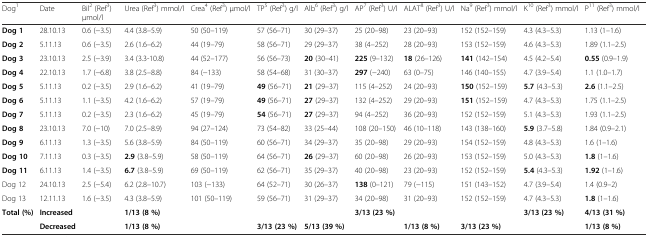
<table><thead><tr><td><b>Dog<sup>1</sup></b></td><td><b>Date</b></td><td><b>Bil<sup>2</sup> (Ref<sup>3</sup>) μmol/l</b></td><td><b>Urea (Ref<sup>3</sup>) mmol/l</b></td><td><b>Crea<sup>4</sup> (Ref<sup>3</sup>) μmol/l</b></td><td><b>TP<sup>5</sup> (Ref<sup>3</sup>) g/l</b></td><td><b>Alb<sup>6</sup> (Ref<sup>3</sup>) g/l</b></td><td><b>AP<sup>7</sup> (Ref<sup>3</sup>) U/l</b></td><td><b>ALAT<sup>8</sup> (Ref<sup>3</sup>) U/l</b></td><td><b>Na<sup>9</sup> (Ref<sup>3</sup>) mmol/l</b></td><td><b>K<sup>10</sup> (Ref<sup>3</sup>) mmol/l</b></td><td><b>P<sup>11</sup> (Ref<sup>3</sup>) mmol/l</b></td></tr></thead><tbody><tr><td><b>Dog 1</b></td><td>28.10.13</td><td>0.6 (−3.5)</td><td>4.4 (3.8–5.9)</td><td>50 (50–119)</td><td>57 (56–71)</td><td>30 (29–37)</td><td>25 (20–98)</td><td>23 (20–93)</td><td>152 (152–159)</td><td>4.3 (4.3–5.3)</td><td>1.13 (1–1.6)</td></tr><tr><td><b>Dog 2</b></td><td>5.11.13</td><td>0.6 (−3.5)</td><td>2.6 (1.6–6.2)</td><td>44 (19–79)</td><td>58 (56–71)</td><td>29 (29–37)</td><td>38 (4–252)</td><td>28 (20–93)</td><td>153 (152–159)</td><td>4.6 (4.3–5.3)</td><td>1.89 (1.1–2.5)</td></tr><tr><td><b>Dog 3</b></td><td>23.10.13</td><td>2.5 (−3.9)</td><td>3.4 (3.3-10.8)</td><td>44 (52–177)</td><td>56 (56–73)</td><td><b>20</b> (30–41)</td><td><b>225</b> (9–132)</td><td><b>18</b> (26–126)</td><td><b>141</b> (142–154)</td><td>4.5 (4.2–5.4)</td><td><b>0.55</b> (0.9–1.9)</td></tr><tr><td><b>Dog 4</b></td><td>22.10.13</td><td>1.7 (−6.8)</td><td>3.8 (2.5–8.8)</td><td>84 (−133)</td><td>58 (54–68)</td><td>31 (30–37)</td><td><b>297</b> (−240)</td><td>63 (0–75)</td><td>146 (140–155)</td><td>4.7 (3.9–5.4)</td><td>1.1 (1.0–1.7)</td></tr><tr><td><b>Dog 5</b></td><td>5.11.13</td><td>0.2 (−3.5)</td><td>2.9 (1.6–6.2)</td><td>41 (19–79)</td><td><b>49</b> (56–71)</td><td><b>21</b> (29–37)</td><td>115 (4–252)</td><td>24 (20–93)</td><td><b>150</b> (152–159)</td><td><b>5.7</b> (4.3–5.3)</td><td><b>2.6</b> (1.1–2.5)</td></tr><tr><td><b>Dog 6</b></td><td>5.11.13</td><td>1.1 (−3.5)</td><td>4.2 (1.6–6.2)</td><td>57 (19–79)</td><td><b>49</b> (56–71)</td><td><b>27</b> (29–37)</td><td>132 (4–252)</td><td>29 (20–93)</td><td><b>151</b> (152–159)</td><td>4.7 (4.3–5.3)</td><td>1.75 (1.1–2.5)</td></tr><tr><td><b>Dog 7</b></td><td>5.11.13</td><td>0.2 (−3.5)</td><td>2.3 (1.6–6.2)</td><td>45 (19–79)</td><td><b>54</b> (56–71)</td><td><b>27</b> (29–37)</td><td>94 (4–252)</td><td>36 (20–93)</td><td>152 (152–159)</td><td>5.1 (4.3–5.3)</td><td>1.93 (1.1–2.5)</td></tr><tr><td><b>Dog 8</b></td><td>23.10.13</td><td>7.0 (−10)</td><td>7.0 (2.5–8.9)</td><td>94 (27–124)</td><td>73 (54–82)</td><td>33 (25–44)</td><td>108 (20–150)</td><td>46 (10–118)</td><td>143 (138–160)</td><td><b>5.9</b> (3.7–5.8)</td><td>1.84 (0.9–2.1)</td></tr><tr><td><b>Dog 9</b></td><td>6.11.13</td><td>1.3 (−3.5)</td><td>5.6 (3.8–5.9)</td><td>84 (50–119)</td><td>60 (56–71)</td><td>34 (29–37)</td><td>35 (20–98)</td><td>29 (20–93)</td><td>154 (152–159)</td><td>4.8 (4.3–5.3)</td><td>1.6 (1–1.6)</td></tr><tr><td><b>Dog 10</b></td><td>7.11.13</td><td>0.3 (−3.5)</td><td><b>2.9</b> (3.8–5.9)</td><td>58 (50–119)</td><td>64 (56–71)</td><td><b>26</b> (29–37)</td><td>60 (20–98)</td><td>26 (20–93)</td><td>153 (152–159)</td><td>5.0 (4.3–5.3)</td><td><b>1.8</b> (1–1.6)</td></tr><tr><td><b>Dog 11</b></td><td>6.11.13</td><td>1.4 (−3.5)</td><td><b>6.7</b> (3.8–5.9)</td><td>69 (50–119)</td><td>62 (56–71)</td><td>35 (29–37)</td><td>40 (20–98)</td><td>23 (20–93)</td><td>152 (152–159)</td><td><b>5.4</b> (4.3–5.3)</td><td><b>1.92</b> (1–1.6)</td></tr><tr><td>Dog 12</td><td>24.10.13</td><td>2.5 (−5.4)</td><td>6.2 (2.8–10.7)</td><td>103 (−133)</td><td>64 (52–71)</td><td>30 (26–37)</td><td><b>138</b> (0–121)</td><td>79 (−115)</td><td>151 (143–152)</td><td>4.7 (3.9–5.4)</td><td>1.4 (0.9–2)</td></tr><tr><td>Dog 13</td><td>12.11.13</td><td>1.6 (−3.5)</td><td>4.3 (3.8–5.9)</td><td>101 (50–119)</td><td>59 (56–71)</td><td>31 (29–37)</td><td>34 (20–98)</td><td>31 (20–93)</td><td>152 (152–159)</td><td>4.7 (4.3–5.3)</td><td><b>1.8</b> (1–1.6)</td></tr><tr><td rowspan="2"><b>Total (%)</b></td><td><b>Increased</b></td><td></td><td><b>1/13 (8 %)</b></td><td></td><td></td><td></td><td><b>3/13 (23 %)</b></td><td></td><td></td><td><b>3/13 (23 %)</b></td><td><b>4/13 (31 %)</b></td></tr><tr><td><b>Decreased</b></td><td></td><td><b>1/13 (8 %)</b></td><td></td><td><b>3/13 (23 %)</b></td><td><b>5/13 (39 %)</b></td><td></td><td><b>1/13 (8 %)</b></td><td><b>3/13 (23 %)</b></td><td></td><td><b>1/13 (8 %)</b></td></tr></tbody></table>